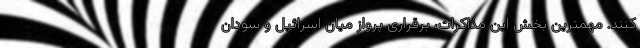
کنند. مهمترین بخش این مذاکرات، برقراری پرواز میان اسرائیل و سودان